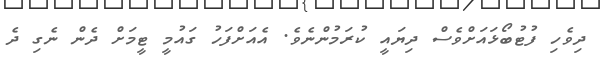
ދިވެހި ފުޓުބޯޅައަށްވެސް ދިޔައީ ކުރަމުންނެވެ. އެއަށްފަހު ގައުމީ ޓީމަށް ދެން ނެގި ދެ